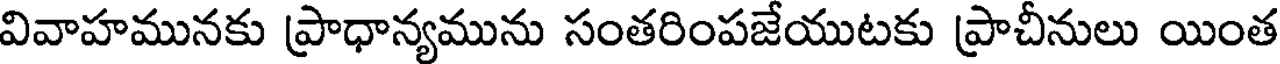
వివాహమునకు ప్రాధాన్యమును సంతరింపజేయుటకు ప్రాచీనులు యింత